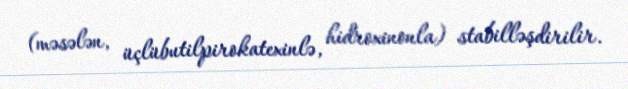
(məsələn, üçlübutilpirokatexinlə, hidroxinonla) stabilləşdirilir.